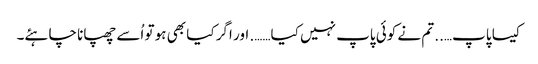
کیسا پاپ….. تم نے کوئی پاپ نہیں کیا……. اور اگر کیا بھی ہو تو اُسے چھپانا چاہئے۔